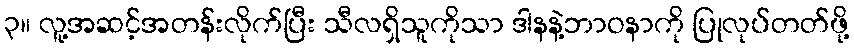
၃။ လူ့အဆင့်အတန်းလိုက်ပြီး သီလရှိသူကိုသာ ဒါနနဲ့ဘာဝနာကို ပြုလုပ်တတ်ဖို့